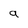
Character: a